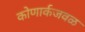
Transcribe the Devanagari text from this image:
कोणार्कजवळ